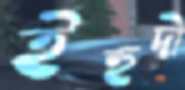
ইহুদী